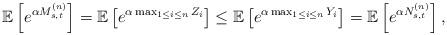
LaTeX: \begin{align*}\mathbb{E}\left[e^{\alpha M_{s,t}^{(n)}}\right]=\mathbb{E}\left[e^{\alpha\max_{1\leq i\leq n}Z_{i}}\right]\leq\mathbb{E}\left[e^{\alpha\max_{1\leq i\leq n}Y_{i}}\right]=\mathbb{E}\left[e^{\alpha N_{s,t}^{(n)}}\right],\end{align*}